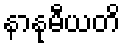
နာနုမီယတိ